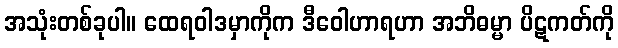
အသုံးတစ်ခုပါ။ ထေရဝါဒမှာကိုက ဒီဝေါဟာရဟာ အဘိဓမ္မာ ပိဋကတ်ကို